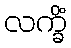
လက္ခိံ